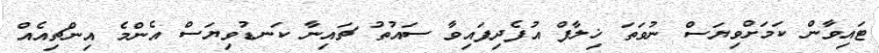
ޓައިވާން ކަމަށްވިޔަސް ނުވަތަ ޚިލާފް އުފެދިފައިވާ ސައުތު ޗައިނާ ކަނޑުވިޔަސް އެންމެ އިންޗިއެއް